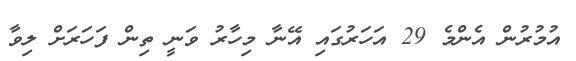
އުމުރުން އެންމެ 29 އަހަރުގައި އޭނާ މިހާރު ވަނީ ތިން ފަހަރަށް ލިވާ